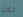
لكن